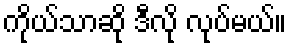
ကိုယ်သာဆို ဒီလို လုပ်မယ်။